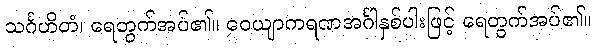
သင်္ဂဟိတံ၊ ရေတွက်အပ်၏။ ဝေယျာကရဏအင်္ဂါနှစ်ပါးဖြင့် ရေတွက်အပ်၏။